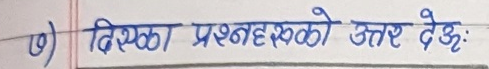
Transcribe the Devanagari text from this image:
७) दिएका प्रश्नहरुको उत्तर देउ: